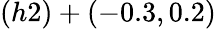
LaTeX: (h2)+(-0.3,0.2)